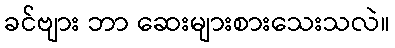
ခင်ဗျား ဘာ ဆေးများစားသေးသလဲ။